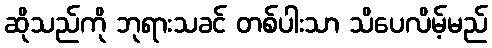
ဆိုသည်ကို ဘုရားသခင် တစ်ပါးသာ သိပေလိမ့်မည်